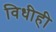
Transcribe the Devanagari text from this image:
विधीही